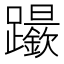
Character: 𨇬